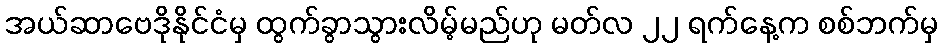
အယ်ဆာဗေဒိုနိုင်ငံမှ ထွက်ခွာသွားလိမ့်မည်ဟု မတ်လ ၂၂ ရက်နေ့က စစ်ဘက်မှ